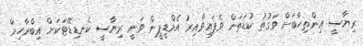
ރިޔާސީ އިންތިހާބަށް ވަގުތު ކުޑަތަން ވެފައިވާއިރު އެމްޑީޕީން ވަނީ ރިޔާސީ ކެނޑިޑޭޓަކަށް އިބްރާހިމް